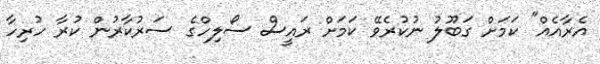
އެރާއެއް" ކަމަށް ގަބޫލު ނުކުރެވޭ ކަމަށް ރައީސް ސޯލިހްގެ ސަރުކާރުން ކުރާ ހުރިހާ